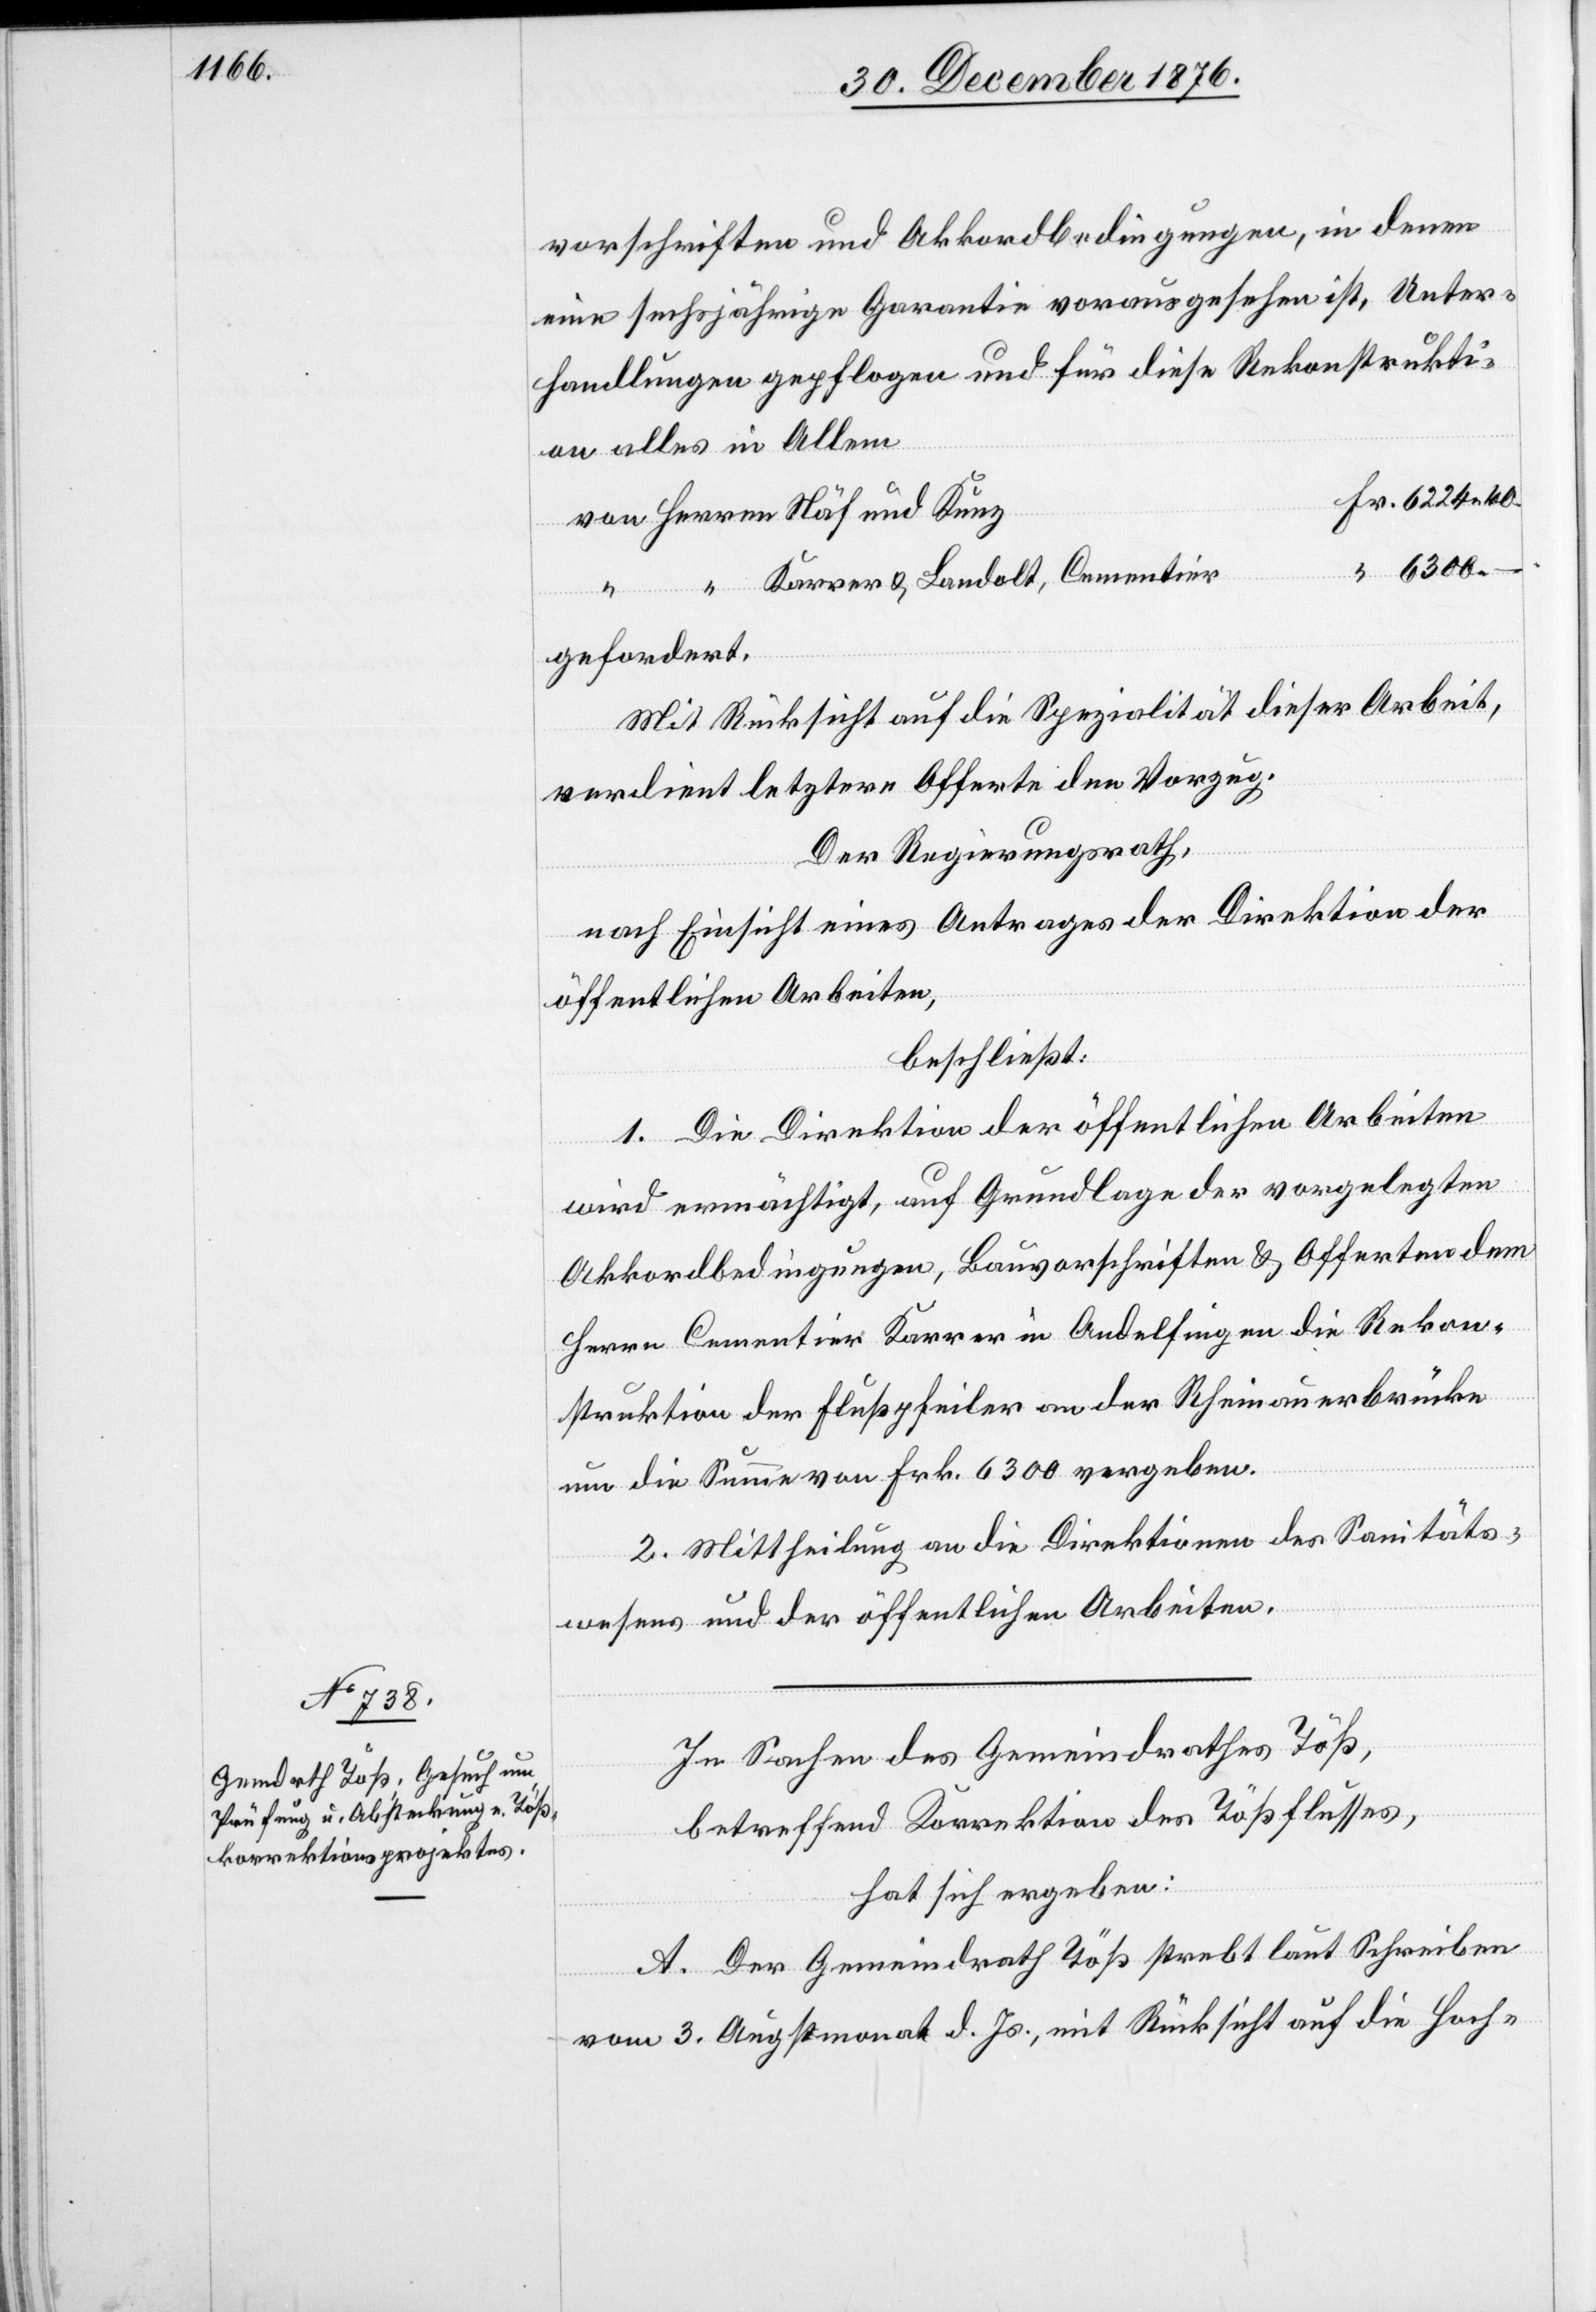
vorschriften und Akkordbedingungen, in denen
eine sechsjährige Garantie vorausgesehen ist, Unter¬
handlungen gepflogen und für diese Rekonstrukti¬
on alles in Allem
6300
Karrer & Landolt, Cementier
Herren
–.
gefordert.
Mit Rücksicht auf die Spezialität dieser Arbeit,
verdient letztere Offerte den Vorzug.
Der Regierungsrath,
nach Einsicht eines Antrages der Direktion der
öffentlichen Arbeiten,
beschließt:
1. Die Direktion der öffentlichen Arbeiten
wird ermächtigt, auf Grundlage der vorgelegten
Akkordbedingungen, Bauvorschriften & Offerten dem
Herrn Cementier Karrer in Andelfingen die Rekon¬
struktion der Flußpfeiler an der Rheinauerbrücke
um die Summe von Frk. 6300 vergeben.
2. Mittheilung an die Direktionen des Sanitäts¬
wesens und der öffentlichen Arbeiten.
In Sachen des Gemeindrathes Töß,
betreffend Korrektion des Tößflusses,
hat sich ergeben:
A. Der Gemeindrath Töß strebt laut Schreiben
vom 3. Augstmonat d. Js., mit Rücksicht auf die Hoch-